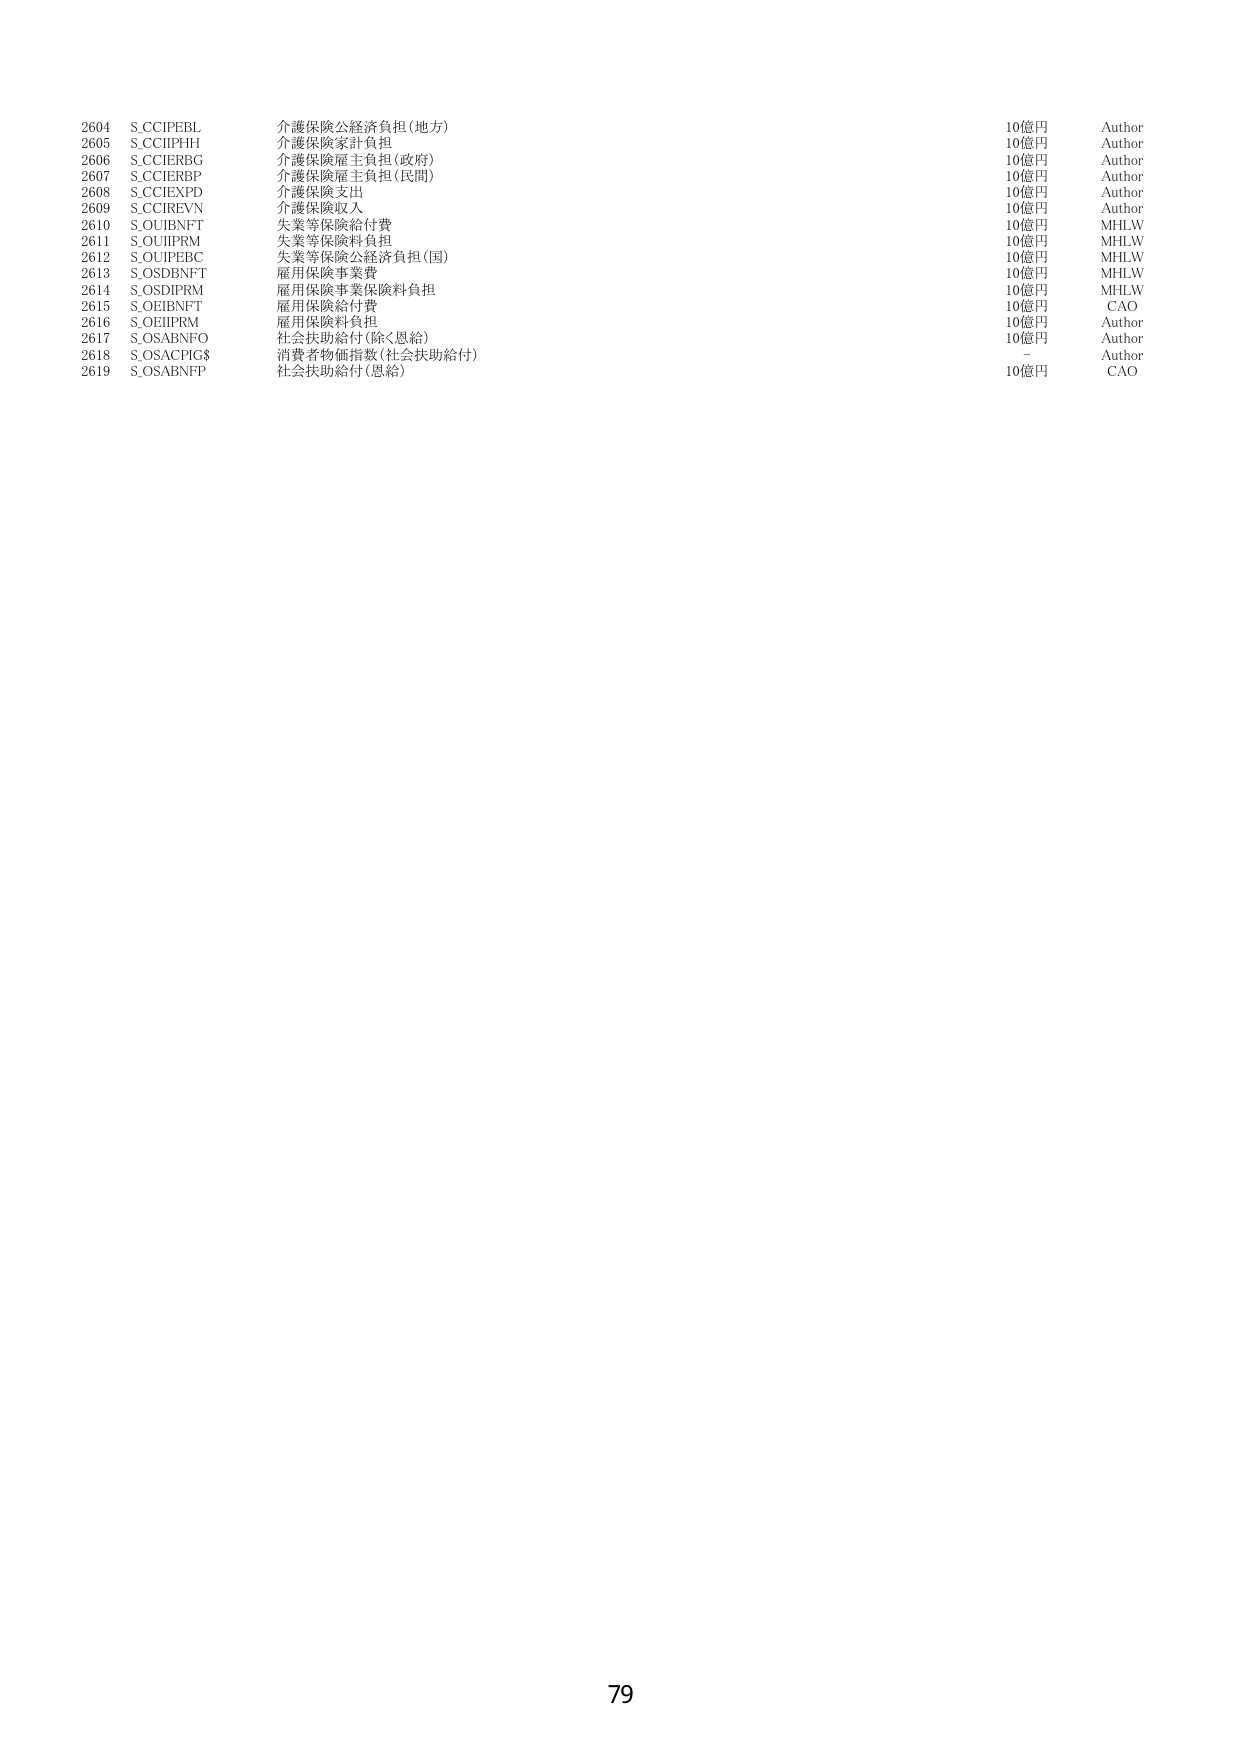
2604 S.CCIPEBL 介護保険公経済負担(地方) 10億円 Author
2605 S.CCIPIHH 介護保険家計負担 10億円 Author
2606 S.CCIERBG 介護保険雇主負担(政府) 10億円 Author
2607 S.CCIERBP 介護保険雇主負担(民間) 10億円 Author
2608 S.CCIEXPD 介護保険支出 10億円 Author
2609 S.CCIREVN 介護保険収入 10億円 Author
2610 S.OUIBNFT 失業等保険給付費 10億円 MHLW
2611 S.OUIIPRM 失業等保険料負担 10億円 MHLW
2612 S.OUIPEBC 失業等保険公経済負担(国) 10億円 MHLW
2613 S.OSDBNFT 雇用保険事業費 10億円 MHLW
2614 S.OSDIPRM 雇用保険事業保険料負担 10億円 MHLW
2615 S.OEIBNFT 雇用保険給付費 10億円 CAO
2616 S.OEIIPRM 雇用保険料負担 10億円 Author
2617 S.OSABNFO 社会扶助給付(除く恩給) 10億円 Author
2618 S.OSACPIG$ 消費者物価指数(社会扶助給付) - Author
2619 S.OSABNFP 社会扶助給付(恩給) 10億円 CAO

79